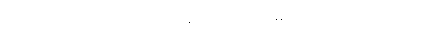
သော၊ ထိုဝိပဿနာဟု ဆိုအပ်သော ပရိစ္စဂဝေါသဂ္ဂပက္ခန္ဒနဝေါသဂ္ဂကို။ ဣဓ၊ ဤအရာ၌။